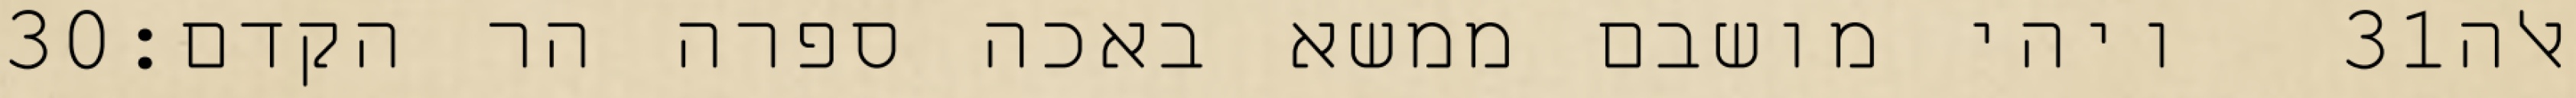
‎30‏ ויהי מושבם ממשא באכה ספרה הר הקדם׃ ‎31‏ אלה